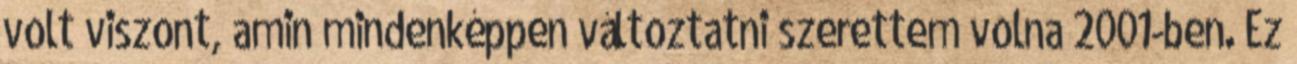
volt viszont, amin mindenképpen változtatni szerettem volna 2001-ben. Ez